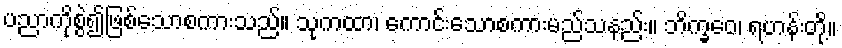
ပညာကိုစွဲ၍ဖြစ်သောစကားသည်။ သုကထာ၊ ကောင်းသောစကားမည်သနည်း။ ဘိက္ခဝေ၊ ရဟန်းတို့။